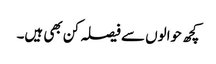
کچھ حوالوں سے فیصلہ کن بھی ہیں۔